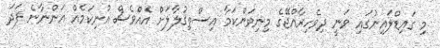
މި ގައިޑްލައިނުގައި ވަނީ ދިވެހިރާއްޖޭގެ މިނިވަންކަމާ އިސްތިޤުލާލަށް އެއްވެސް އުނިކަމެއް އަންނާނެ ފަދަ